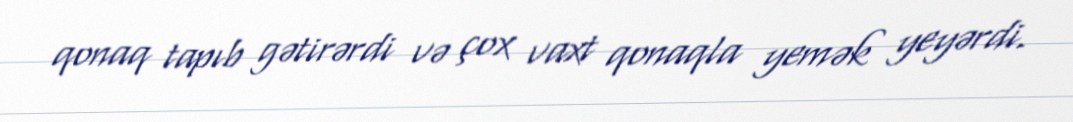
qonaq tapıb gətirərdi və çox vaxt qonaqla yemək yeyərdi.